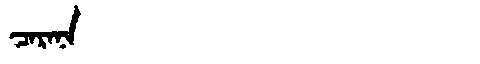
Manchu: ᠴᠠᡵᠠᠨᠠ
Romanization: CARANA